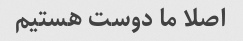
اصلا ما دوست هستیم